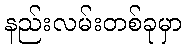
နည်းလမ်းတစ်ခုမှာ